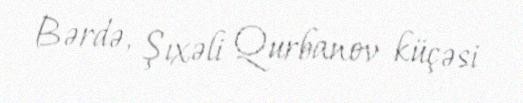
Bərdə, Şıxəli Qurbanov küçəsi